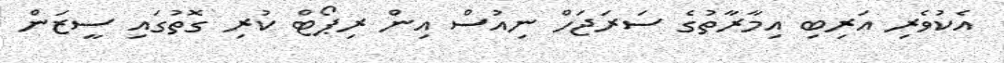
އެކުވެރި އަރިބި އިމާރާތުގެ ސަރަޖަހް ނިއުސް އިން ރިޕޯޓް ކުރި ގޮތުގައި ސީޒަން